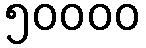
၅၀၀၀၀